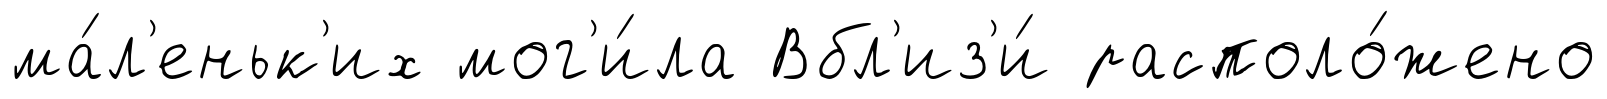
ма́л'еньк'их мог'и́ла Вбл'из'и́ располо́жено